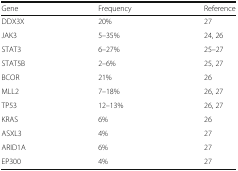
<table><thead><tr><td><b>Gene</b></td><td><b>Frequency</b></td><td><b>Reference</b></td></tr></thead><tbody><tr><td>DDX3X</td><td>20%</td><td>27</td></tr><tr><td>JAK3</td><td>5–35%</td><td>24, 26</td></tr><tr><td>STAT3</td><td>6–27%</td><td>25–27</td></tr><tr><td>STAT5B</td><td>2–6%</td><td>25, 27</td></tr><tr><td>BCOR</td><td>21%</td><td>26</td></tr><tr><td>MLL2</td><td>7–18%</td><td>26, 27</td></tr><tr><td>TP53</td><td>12–13%</td><td>26, 27</td></tr><tr><td>KRAS</td><td>6%</td><td>26</td></tr><tr><td>ASXL3</td><td>4%</td><td>27</td></tr><tr><td>ARID1A</td><td>6%</td><td>27</td></tr><tr><td>EP300</td><td>4%</td><td>27</td></tr></tbody></table>